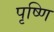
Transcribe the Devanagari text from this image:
पृष्णि